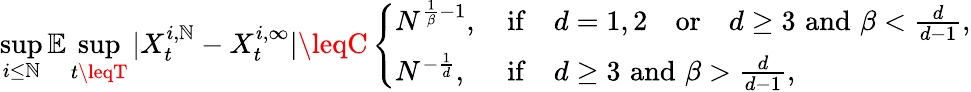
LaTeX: \operatorname*{sup}_{i\leq\mathbb{N}}\mathbb{{E}}\operatorname*{sup}_{t\leqT}|X_{t}^{i,\mathbb{N}}-X_{t}^{i,\infty}|\leqC\left\{ \begin{array}{ll}{N^{\frac{1}{\beta}-1},\, }&{\mathrm{if}\quad d=1,2\quad\mathrm{or}\quad d\geq 3\, \, \mathrm{and}\, \, \beta<\frac{d}{d-1},}\\ {N^{-\frac 1d},\, }&{\mathrm{if}\quad d\geq 3\, \, \mathrm{and}\, \, \beta>\frac{d}{d-1},}\end{array}\right.